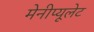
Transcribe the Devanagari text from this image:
मेनीप्यूलेट